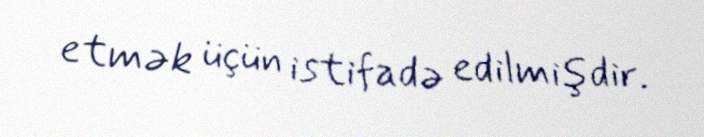
etmək üçün istifadə edilmişdir.